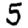
Digit: 5